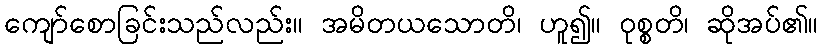
ကျော်စောခြင်းသည်လည်း။ အမိတယသောတိ၊ ဟူ၍။ ဝုစ္စတိ၊ ဆိုအပ်၏။